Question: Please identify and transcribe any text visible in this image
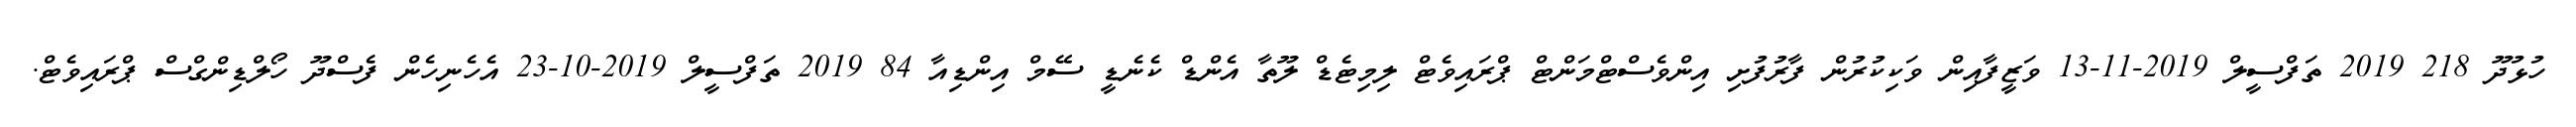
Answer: ހުޅުދޫ 218 2019 ތަފްސީލް 2019-11-13 ވަޒީފާއިން ވަކިކުރުން ފާރުފުށި އިންވެސްޓްމަންޓް ޕްރައިވެޓް ލިމިޓެޑް ލޫތާ އެންޑް ކެނެޑީ ސޭމް އިންޑިއާ 84 2019 ތަފްސީލް 2019-10-23 އެހެނިހެން ފެސްދޫ ހޯލްޑިންގްސް ޕްރައިވެޓް.